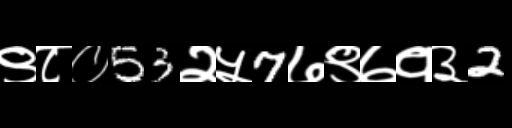
Text: ९८०53२५7७९७१३2